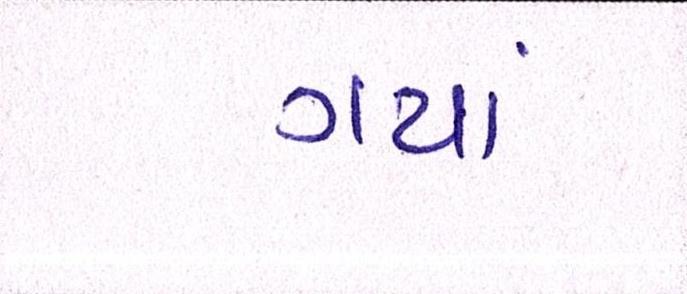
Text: ગયાં